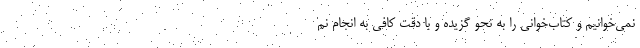
نمی‌خوانیم و کتاب‌خوانی را به نحو گزیده و با دقت کافی به انجام نم